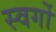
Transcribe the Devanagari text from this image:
स्वर्गो